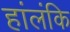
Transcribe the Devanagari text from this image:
हांलंकि